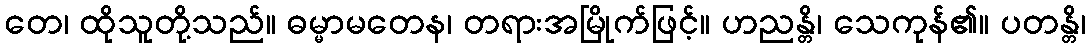
တေ၊ ထိုသူတို့သည်။ ဓမ္မာမတေန၊ တရားအမြိုက်ဖြင့်။ ဟညန္တိ၊ သေကုန်၏။ ပတန္တိ၊